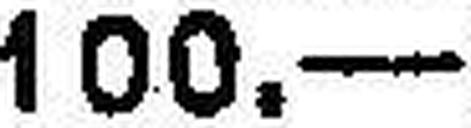
100.—